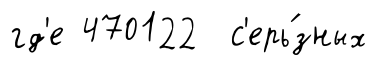
гд'е 470122 с'ерь́зных